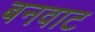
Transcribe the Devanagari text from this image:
बनवाट